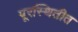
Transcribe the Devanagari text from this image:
पूरस्थितीत